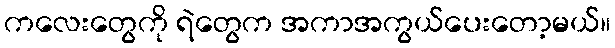
ကလေးတွေကို ရဲတွေက အကာအကွယ်ပေးတော့မယ်။